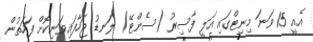
އެއީ 15 ވަނަ މިނިޓްގައި އަލީ ފާސިރު (ސެންޓޭ) ލަނޑު ޖަހާފައިވަނިކޮށް ފަހަތުން